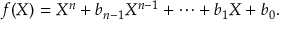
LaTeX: f ( X ) = X ^ { n } + b _ { n - 1 } X ^ { n - 1 } + \cdots + b _ { 1 } X + b _ { 0 } .